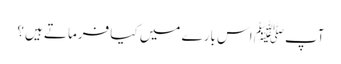
آپﷺ اس بارے میں کیا فرماتے ہیں؟